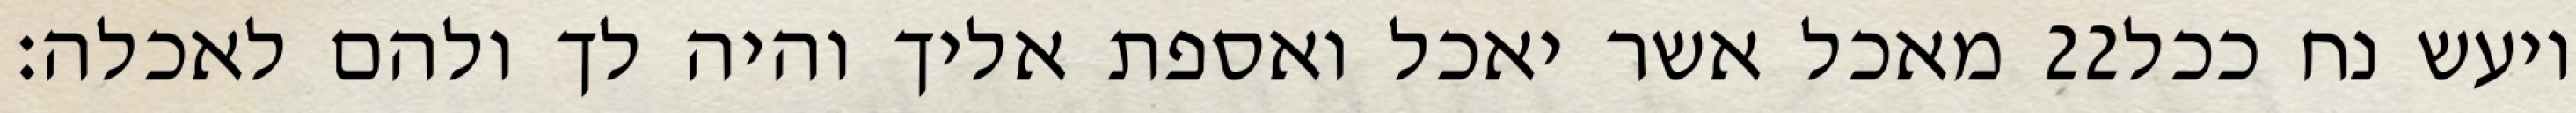
מאכל אשר יאכל ואספת אליך והיה לך ולהם לאכלה׃ ‎22‏ ויעש נח ככל